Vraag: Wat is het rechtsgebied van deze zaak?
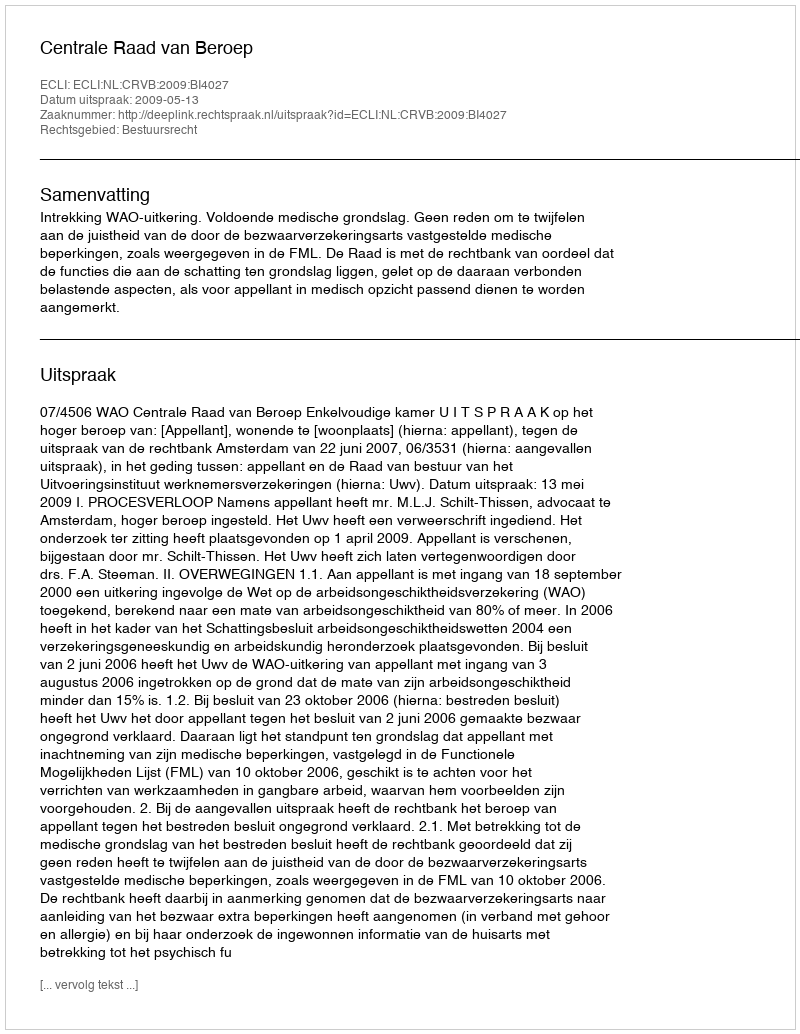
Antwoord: Bestuursrecht